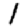
Digit: 1